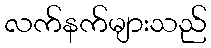
လက်နက်များသည်